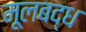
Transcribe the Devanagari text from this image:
मूलबद्ध